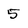
Character: 5